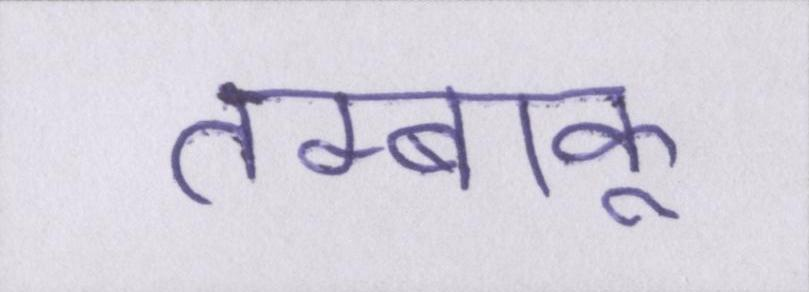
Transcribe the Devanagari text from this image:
तम्बाकू